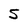
Character: 5